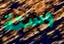
وستة